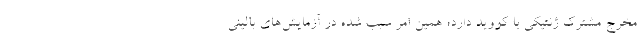
مخرج مشترک ژنتیکی با کووید دارد؛ همین امر سبب شده در آزمایش‌های بالینی